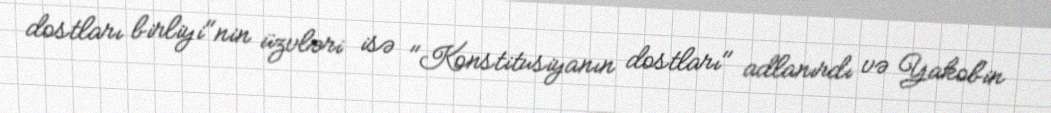
dostları birliyi"nin üzvləri isə "Konstitusiyanın dostları" adlanırdı və Yakobin